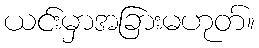
ယင်းမှာအခြားမဟုတ်။